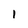
Character: 1